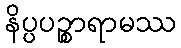
နိပ္ပပဉ္စာရာမဿ